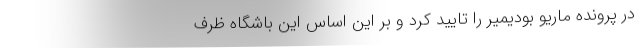
در پرونده ماریو بودیمیر را تایید کرد و بر این اساس این باشگاه ظرف